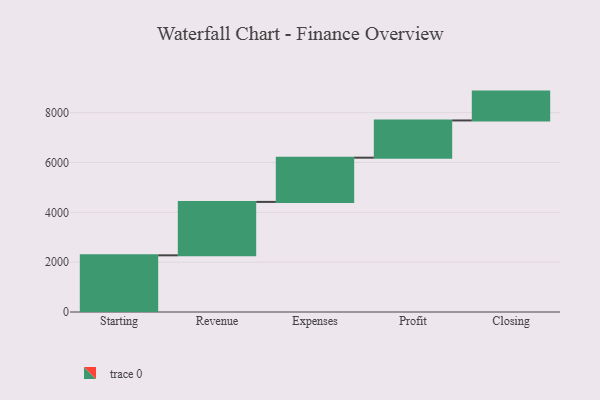
{"axis": {"x": "Step", "y": "Value"}, "legend": [""], "data": [{"x": "Starting", "y": 2275.0, "type": ""}, {"x": "Revenue", "y": 2144.0, "type": ""}, {"x": "Expenses", "y": 1775.0, "type": ""}, {"x": "Profit", "y": 1494.0, "type": ""}, {"x": "Closing", "y": 1158.0, "type": ""}]}